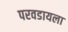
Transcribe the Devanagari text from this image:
परवडायला